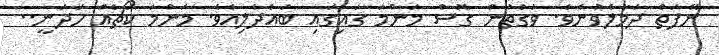
ނޭފަތް ދަމާލެވުނެވެ. ވަގުތުން ގޮސް މަންމަ ގައިގައި ބައްދާލިއެވެ. މަންމަ ކޯޗެއް ހަދަނީ..